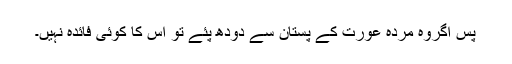
پس اگروہ مردہ عورت کے پستان سے دودھ پئے تو اس کا کوئی فائدہ نہیں۔